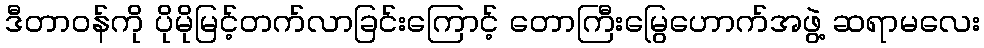
ဒီတာဝန်ကို ပိုမိုမြင့်တက်လာခြင်းကြောင့် တောကြီးမြွေဟောက်အဖွဲ့ ဆရာမလေး